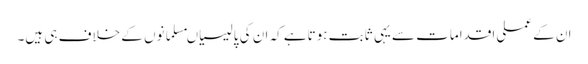
ان کے عملی اقدامات سے یہی ثابت ہوتاہے کہ ان کی پالیسیاںمسلمانوں کے خلاف ہی ہیں۔